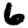
Digit: 6